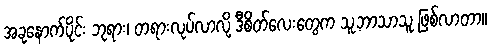
အခုနောက်ပိုင်း ဘုရား၊ တရားလုပ်လာလို့ ဒီစိတ်လေးတွေက သူ့ဘာသာသူ ဖြစ်လာတာ။